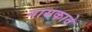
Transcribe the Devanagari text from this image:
नायकावे